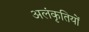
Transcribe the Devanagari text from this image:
अलंकृतियों